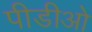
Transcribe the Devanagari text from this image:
पीडीओ